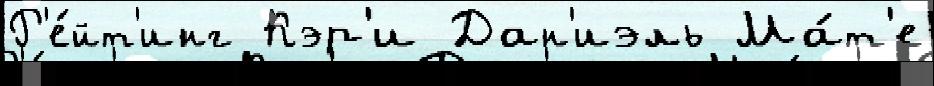
Р'е́йт'инг Кэр'и Дан'иэль Ма́т'е